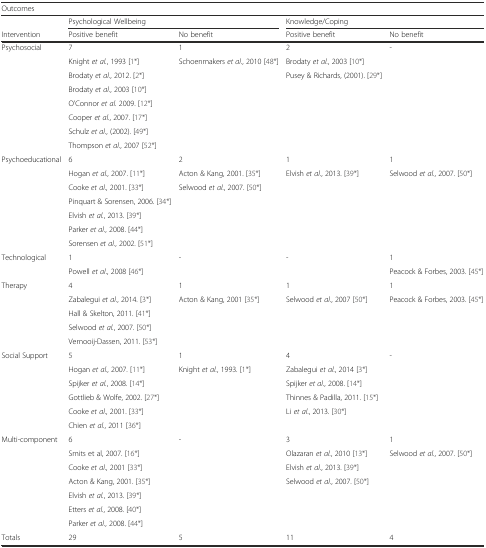
<table><thead><tr><td colspan="5"><b>Outcomes</b></td></tr><tr><td></td><td colspan="2"><b>Psychological Wellbeing</b></td><td colspan="2"><b>Knowledge/Coping</b></td></tr><tr><td><b>Intervention</b></td><td><b>Positive benefit</b></td><td><b>No benefit</b></td><td><b>Positive benefit</b></td><td><b>No benefit</b></td></tr></thead><tbody><tr><td>Psychosocial</td><td>7</td><td>1</td><td>2</td><td>-</td></tr><tr><td></td><td>Knight <i>et al.</i>, 1993 [1*]</td><td>Schoenmakers <i>et al.</i>, 2010 [48*]</td><td>Brodaty <i>et al.</i>, 2003 [10*]</td><td></td></tr><tr><td></td><td>Brodaty <i>et al.</i>, 2012. [2*]</td><td></td><td>Pusey &amp; Richards, (2001). [29*]</td><td></td></tr><tr><td></td><td>Brodaty <i>et al.</i>, 2003 [10*]</td><td></td><td></td><td></td></tr><tr><td></td><td>O’Connor <i>et al.</i> 2009. [12*]</td><td></td><td></td><td></td></tr><tr><td></td><td>Cooper <i>et al.</i>, 2007. [17*]</td><td></td><td></td><td></td></tr><tr><td></td><td>Schulz <i>et al.</i>, (2002). [49*]</td><td></td><td></td><td></td></tr><tr><td></td><td>Thompson <i>et al.</i>, 2007 [52*]</td><td></td><td></td><td></td></tr><tr><td>Psychoeducational</td><td>6</td><td>2</td><td>1</td><td>1</td></tr><tr><td></td><td>Hogan <i>et al.</i>, 2007. [11*]</td><td>Acton &amp; Kang, 2001. [35*]</td><td>Elvish <i>et al.</i>, 2013. [39*]</td><td>Selwood <i>et al.</i>, 2007. [50*]</td></tr><tr><td></td><td>Cooke <i>et al.</i>, 2001. [33*]</td><td>Selwood <i>et al.</i>, 2007. [50*]</td><td></td><td></td></tr><tr><td></td><td>Pinquart &amp; Sorensen, 2006. [34*]</td><td></td><td></td><td></td></tr><tr><td></td><td>Elvish <i>et al.</i>, 2013. [39*]</td><td></td><td></td><td></td></tr><tr><td></td><td>Parker <i>et al.</i>, 2008. [44*]</td><td></td><td></td><td></td></tr><tr><td></td><td>Sorensen <i>et al.</i>, 2002. [51*]</td><td></td><td></td><td></td></tr><tr><td>Technological</td><td>1</td><td>-</td><td>-</td><td>1</td></tr><tr><td></td><td>Powell <i>et al.</i>, 2008 [46*]</td><td></td><td></td><td>Peacock &amp; Forbes, 2003. [45*]</td></tr><tr><td>Therapy</td><td>4</td><td>1</td><td>1</td><td>1</td></tr><tr><td></td><td>Zabalegui <i>et al.</i>, 2014. [3*]</td><td>Acton &amp; Kang, 2001 [35*]</td><td>Selwood <i>et al.</i>, 2007 [50*]</td><td>Peacock &amp; Forbes, 2003. [45*]</td></tr><tr><td></td><td>Hall &amp; Skelton, 2011. [41*]</td><td></td><td></td><td></td></tr><tr><td></td><td>Selwood <i>et al.</i>, 2007. [50*]</td><td></td><td></td><td></td></tr><tr><td></td><td>Vernooij-Dassen, 2011. [53*]</td><td></td><td></td><td></td></tr><tr><td>Social Support</td><td>5</td><td>1</td><td>4</td><td>-</td></tr><tr><td></td><td>Hogan <i>et al.</i>, 2007. [11*]</td><td>Knight <i>et al.</i>, 1993. [1*]</td><td>Zabalegui <i>et al.</i>, 2014 [3*]</td><td></td></tr><tr><td></td><td>Spijker <i>et al.</i>, 2008. [14*]</td><td></td><td>Spijker <i>et al.</i>, 2008. [14*]</td><td></td></tr><tr><td></td><td>Gottlieb &amp; Wolfe, 2002. [27*]</td><td></td><td>Thinnes &amp; Padilla, 2011. [15*]</td><td></td></tr><tr><td></td><td>Cooke <i>et al.</i>, 2001. [33*]</td><td></td><td>Li <i>et al.</i>, 2013. [30*]</td><td></td></tr><tr><td></td><td>Chien <i>et al.</i>, 2011 [36*]</td><td></td><td></td><td></td></tr><tr><td>Multi-component</td><td>6</td><td>-</td><td>3</td><td>1</td></tr><tr><td></td><td>Smits et al, 2007. [16*]</td><td></td><td>Olazaran <i>et al.</i>, 2010 [13*]</td><td>Selwood <i>et al.</i>, 2007. [50*]</td></tr><tr><td></td><td>Cooke <i>et al.</i>, 2001 [33*]</td><td></td><td>Elvish <i>et al.</i>, 2013. [39*]</td><td></td></tr><tr><td></td><td>Acton &amp; Kang, 2001. [35*]</td><td></td><td>Selwood <i>et al.</i>, 2007. [50*]</td><td></td></tr><tr><td></td><td>Elvish <i>et al.</i>, 2013. [39*]</td><td></td><td></td><td></td></tr><tr><td></td><td>Etters <i>et al.</i>, 2008. [40*]</td><td></td><td></td><td></td></tr><tr><td></td><td>Parker <i>et al.</i>, 2008. [44*]</td><td></td><td></td><td></td></tr><tr><td>Totals</td><td>29</td><td>5</td><td>11</td><td>4</td></tr></tbody></table>